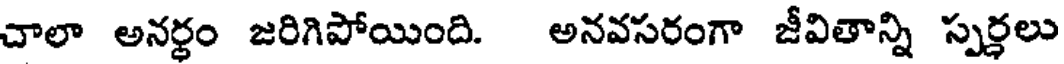
చాలా అనర్ధం జరిగిపోయింది. అనవసరంగా జీవితాన్ని స్పర్ధలు